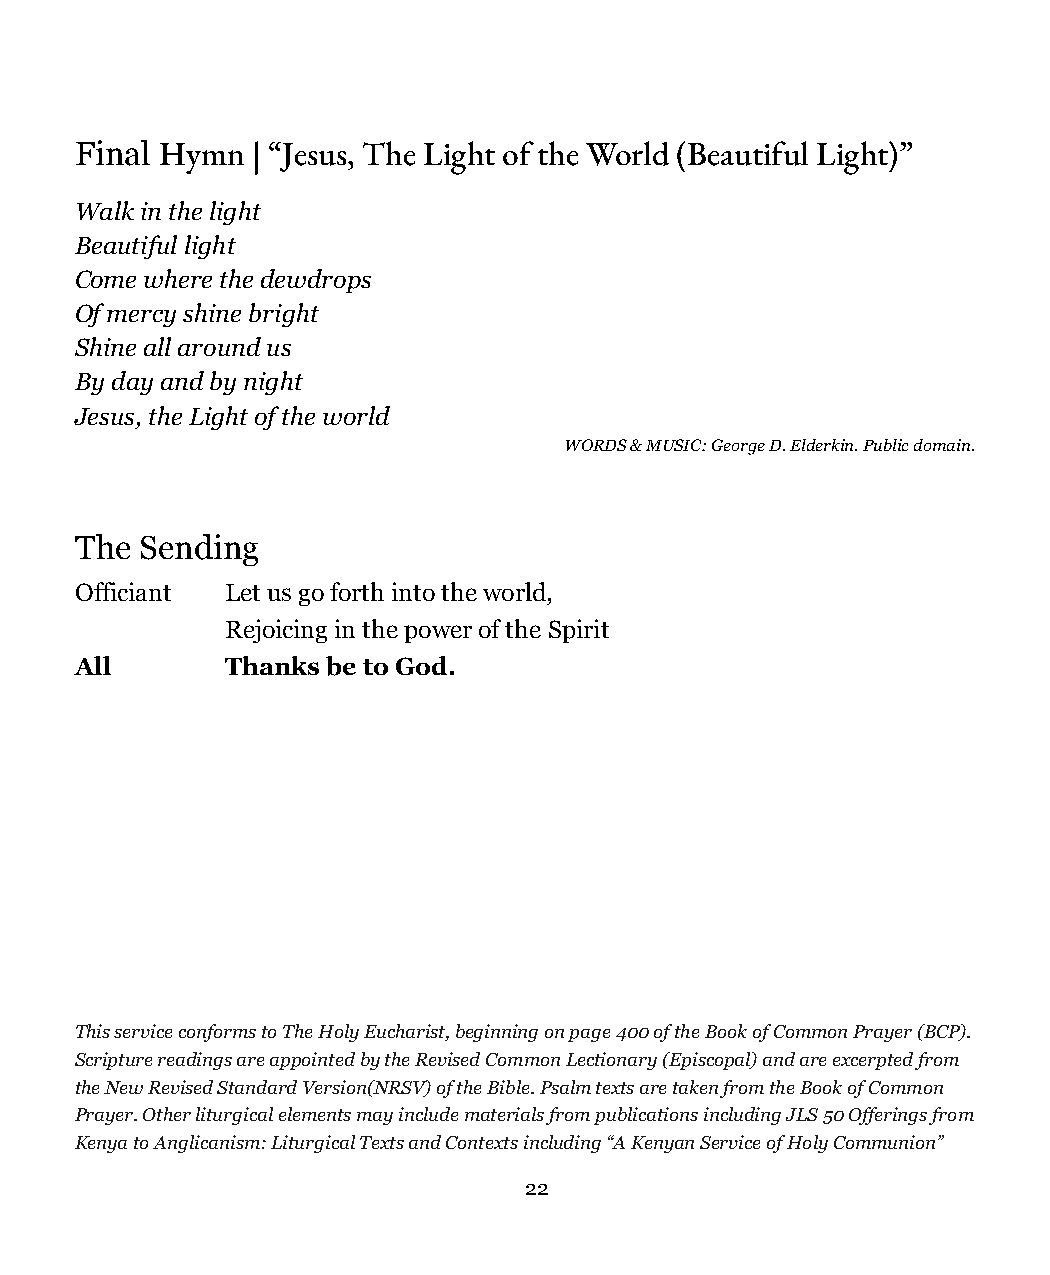
Final Hymn  | “Jesus, The Light of the World (Beautiful Light)”
 Walk in the light
 Beautiful light
 Come where the dewdrops
 Of mercy shine bright
 Shine all around us
 By day and by night
 Jesus, the Light of the world
 WORDS & MUSIC: George D. Elderkin. Public domain.
 The Sending
 Officiant Let us go forth into the world,
 Rejoicing in the power of the Spirit
 All       Thanks be to God.
 This service conforms to The Holy Eucharist, beginning on page 400 of the Book of Common Prayer (BCP).
 Scripture readings are appointed by the Revised Common Lectionary (Episcopal) and are excerpted from
 the New Revised Standard Version(NRSV) of the Bible. Psalm texts are taken from the Book of Common
 Prayer. Other liturgical elements may include materials from publications including JLS 50 Offerings from
 Kenya to Anglicanism: Liturgical Texts and Contexts including “A Kenyan Service of Holy Communion”
 22